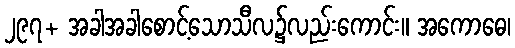
၂၉၇+ အခါအခါစောင့်သောသီလ၌လည်းကောင်း။ အကောဓေ၊